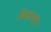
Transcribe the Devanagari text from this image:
डिजायरी